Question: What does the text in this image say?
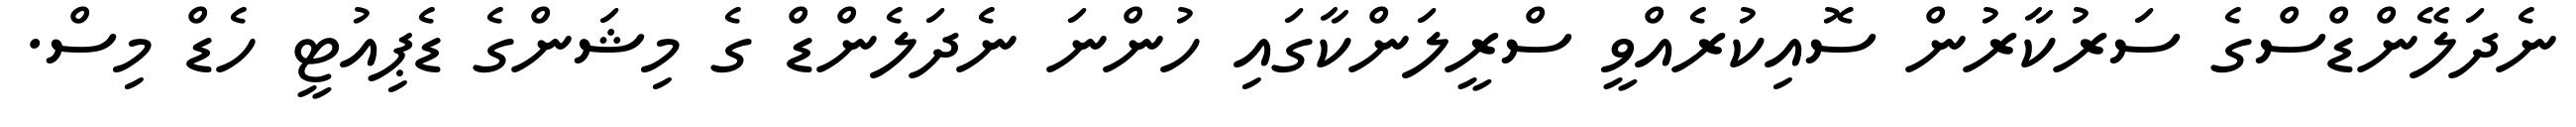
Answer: ނެދަލޭންޑްސްގެ ސަރުކާރުން ސޮއިކުރެއްވީ ސްރީލަންކާގައި ހުންނަ ނެދަލެންޑް ގެ މިޝަންގެ ޑެޕިއުޓީ ހެޑް މިސް.